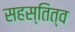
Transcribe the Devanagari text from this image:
सहस्तित्व